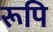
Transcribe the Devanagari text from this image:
रूपि